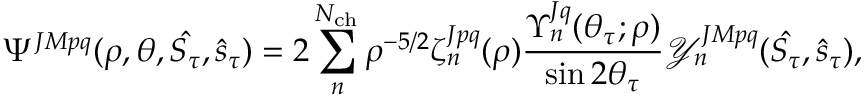
\Psi ^ { J M p q } ( \rho , \theta , \hat { S _ { \tau } } , \hat { s } _ { \tau } ) = 2 \sum _ { n } ^ { N _ { \mathrm { c h } } } \rho ^ { - 5 / 2 } \zeta _ { n } ^ { J p q } ( \rho ) \frac { \Upsilon _ { n } ^ { J q } ( \theta _ { \tau } ; \rho ) } { \sin { 2 \theta _ { \tau } } } \mathcal { Y } _ { n } ^ { J M p q } ( \hat { S _ { \tau } } , \hat { s } _ { \tau } ) ,